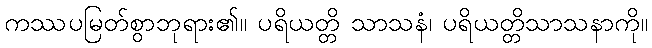
ကဿပမြတ်စွာဘုရား၏။ ပရိယတ္တိ သာသနံ၊ ပရိယတ္တိသာသနာကို။